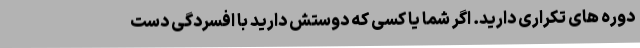
دوره های تکراری دارید. اگر شما یا کسی که دوستش دارید با افسردگی دست